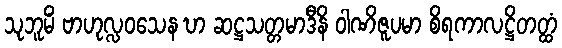
သုဘူမိံ ဗာဟုလ္လဝသေန ဎာ ဆဋ္ဌသတ္တမာဒီနိ ဝါဏိဇူပမာ စိရကာလဋ္ဌိတတ္ထံ